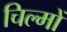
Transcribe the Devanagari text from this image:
चिल्मों